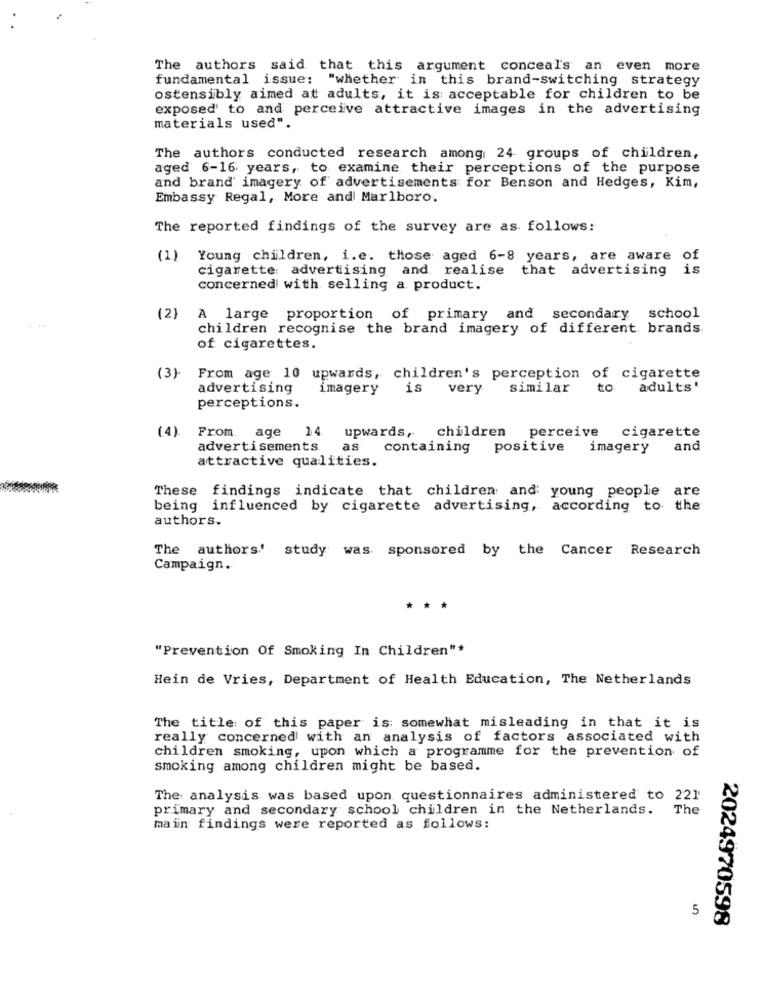
The authors said that this argument conceal's an even more
fundamental issue: "whether in this brand-switching strategy
ostensibly aimed at adults, it is acceptable for children to be
exposed' to and perceive attractive images in the advertising
materials used".
The authors conducted research among 24 groups of children,
aged 6-16 years, to examine their perceptions of the purpose
and brand imagery of advertisements for Benson and Hedges, Kim,
Embassy Regal, More and Marlboro.
The reported findings of the survey are as follows:
(1)
Young children, i.e. those aged 6-8 years, are aware of
cigarette: advertising and realise that advertising is
concerned with selling a product.
(2)
A large proportion of primary and secondary school
children recognise the brand imagery of different brands
of cigarettes.
(3)
From age 10 upwards, children's perception of cigarette
advertising
imagery
is very
similar
to
adults'
perceptions.
From age 14.
children perceive
cigarette
(4)
upwards .,
advertisements.
as
containing positive
imagery
and
attractive qualities.
These findings indicate that children and young people are
being influenced by cigarette advertising, according to the
authors.
The authors' study was sponsored
by the Cancer Research
Campaign.
* **
"Prevention Of Smoking In Children"*
Hein de Vries, Department of Health Education, The Netherlands
The title of this paper is: somewhat misleading in that it is
really concerned with an analysis of factors associated with
children smoking, upon which a programme for the prevention of
smoking among children might be based.
The analysis was based upon questionnaires administered to 221
primary and secondary school children in the Netherlands.
The
main findings were reported as follows:
5
2024970598